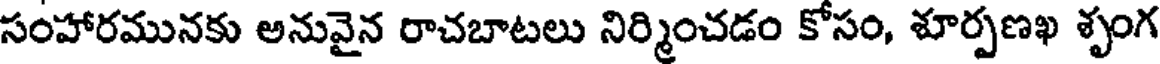
సంహారమునకు అనువైన రాచబాటలు నిర్మించడం కోసం, శూర్పణఖ శృంగ